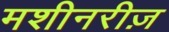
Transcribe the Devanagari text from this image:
मशीनरीज़